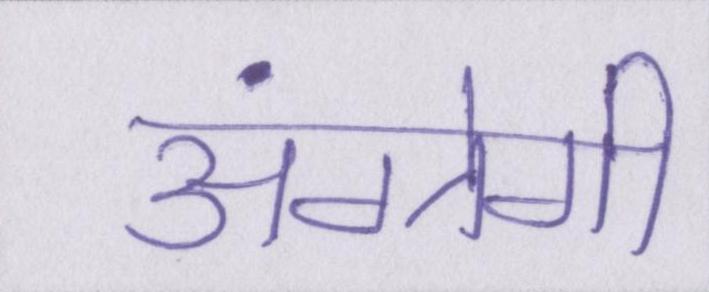
अंग्रेगी